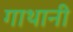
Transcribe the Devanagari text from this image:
गाथानी